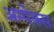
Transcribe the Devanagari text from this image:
अम्पेक्स